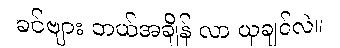
ခင်ဗျား ဘယ်အချိန် လာ ယူချင်လဲ။